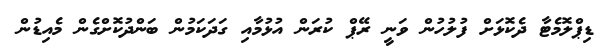
ޑިޕްލޮމެޓާ ދެކޮޅަށް ފުލުހުން ވަނީ ރޭޕް ކުރަން އުޅުމާއި ގަދަކަމުން ބަންދުކޮށްގެން މެއިޑުން